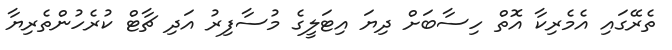
ތެރޭގައި އެމެރިކާ އޮތް ހިސާބަށް ދިޔަ އިޓަލީގެ މުސާފިރު އަދި ޗާޓް ކުރެހުންތެރިޔާ